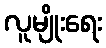
လူမျိုးရေး